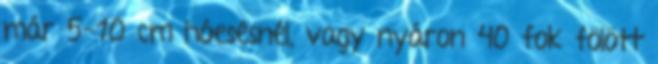
már 5-10 cm hóesésnél, vagy nyáron 40 fok fölött